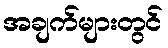
အချက်များတွင်